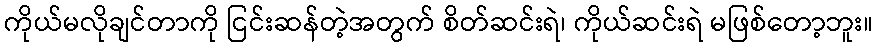
ကိုယ်မလိုချင်တာကို ငြင်းဆန်တဲ့အတွက် စိတ်ဆင်းရဲ၊ ကိုယ်ဆင်းရဲ မဖြစ်တော့ဘူး။